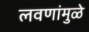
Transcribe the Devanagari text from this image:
लवणांमुळे